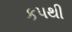
કપથી